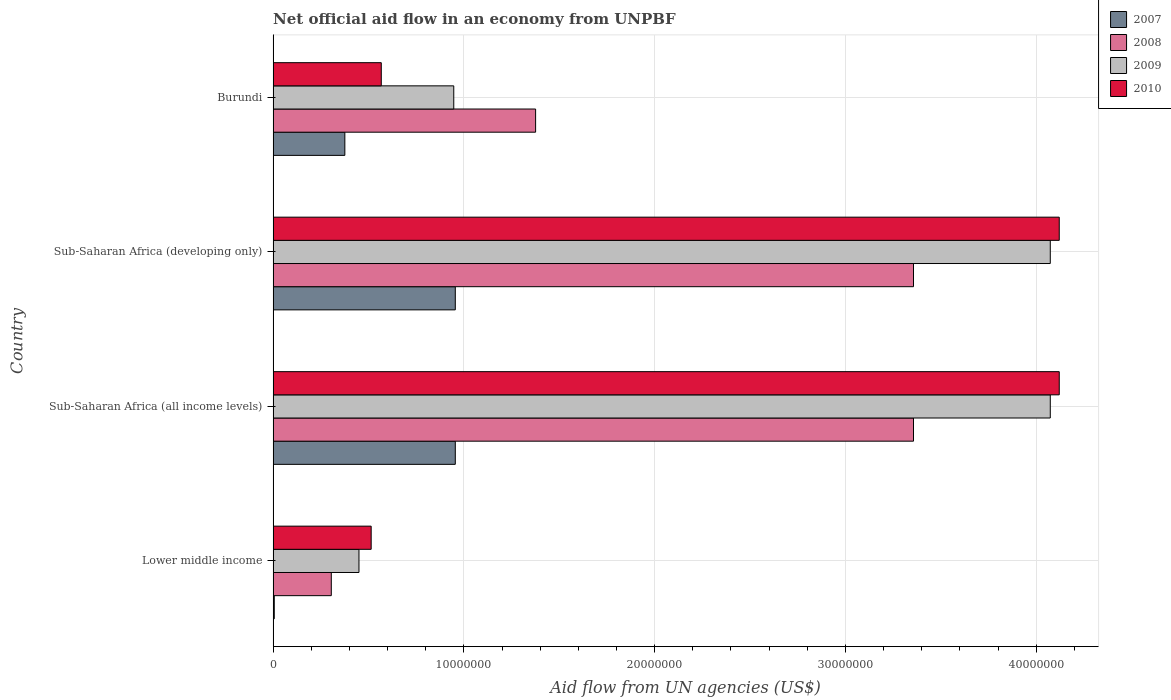
| Country | 2007 | 2008 | 2009 | 2010 |
 | --- | --- | --- | --- | --- |
 | Lower middle income | 6e+04 | 3.05e+06 | 4.5e+06 | 5.14e+06 |
 | Sub-Saharan Africa (all income levels) | 9.55e+06 | 3.36e+07 | 4.07e+07 | 4.12e+07 |
 | Sub-Saharan Africa (developing only) | 9.55e+06 | 3.36e+07 | 4.07e+07 | 4.12e+07 |
 | Burundi | 3.76e+06 | 1.38e+07 | 9.47e+06 | 5.67e+06 |